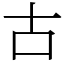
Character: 古